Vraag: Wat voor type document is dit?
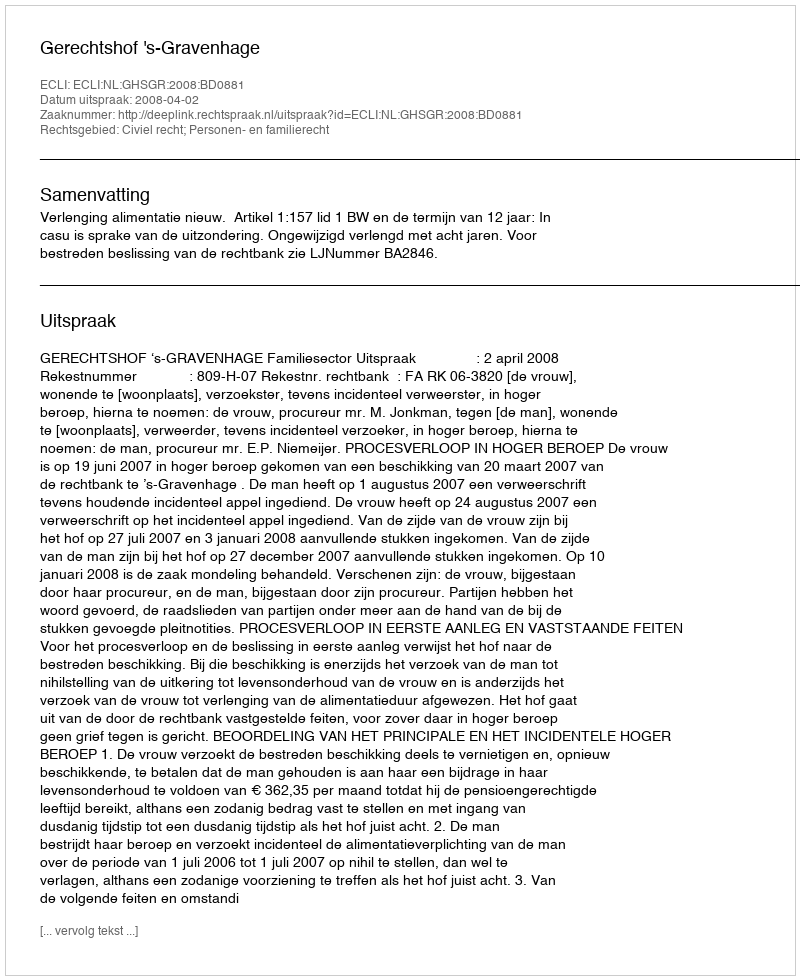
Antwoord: Uitspraak